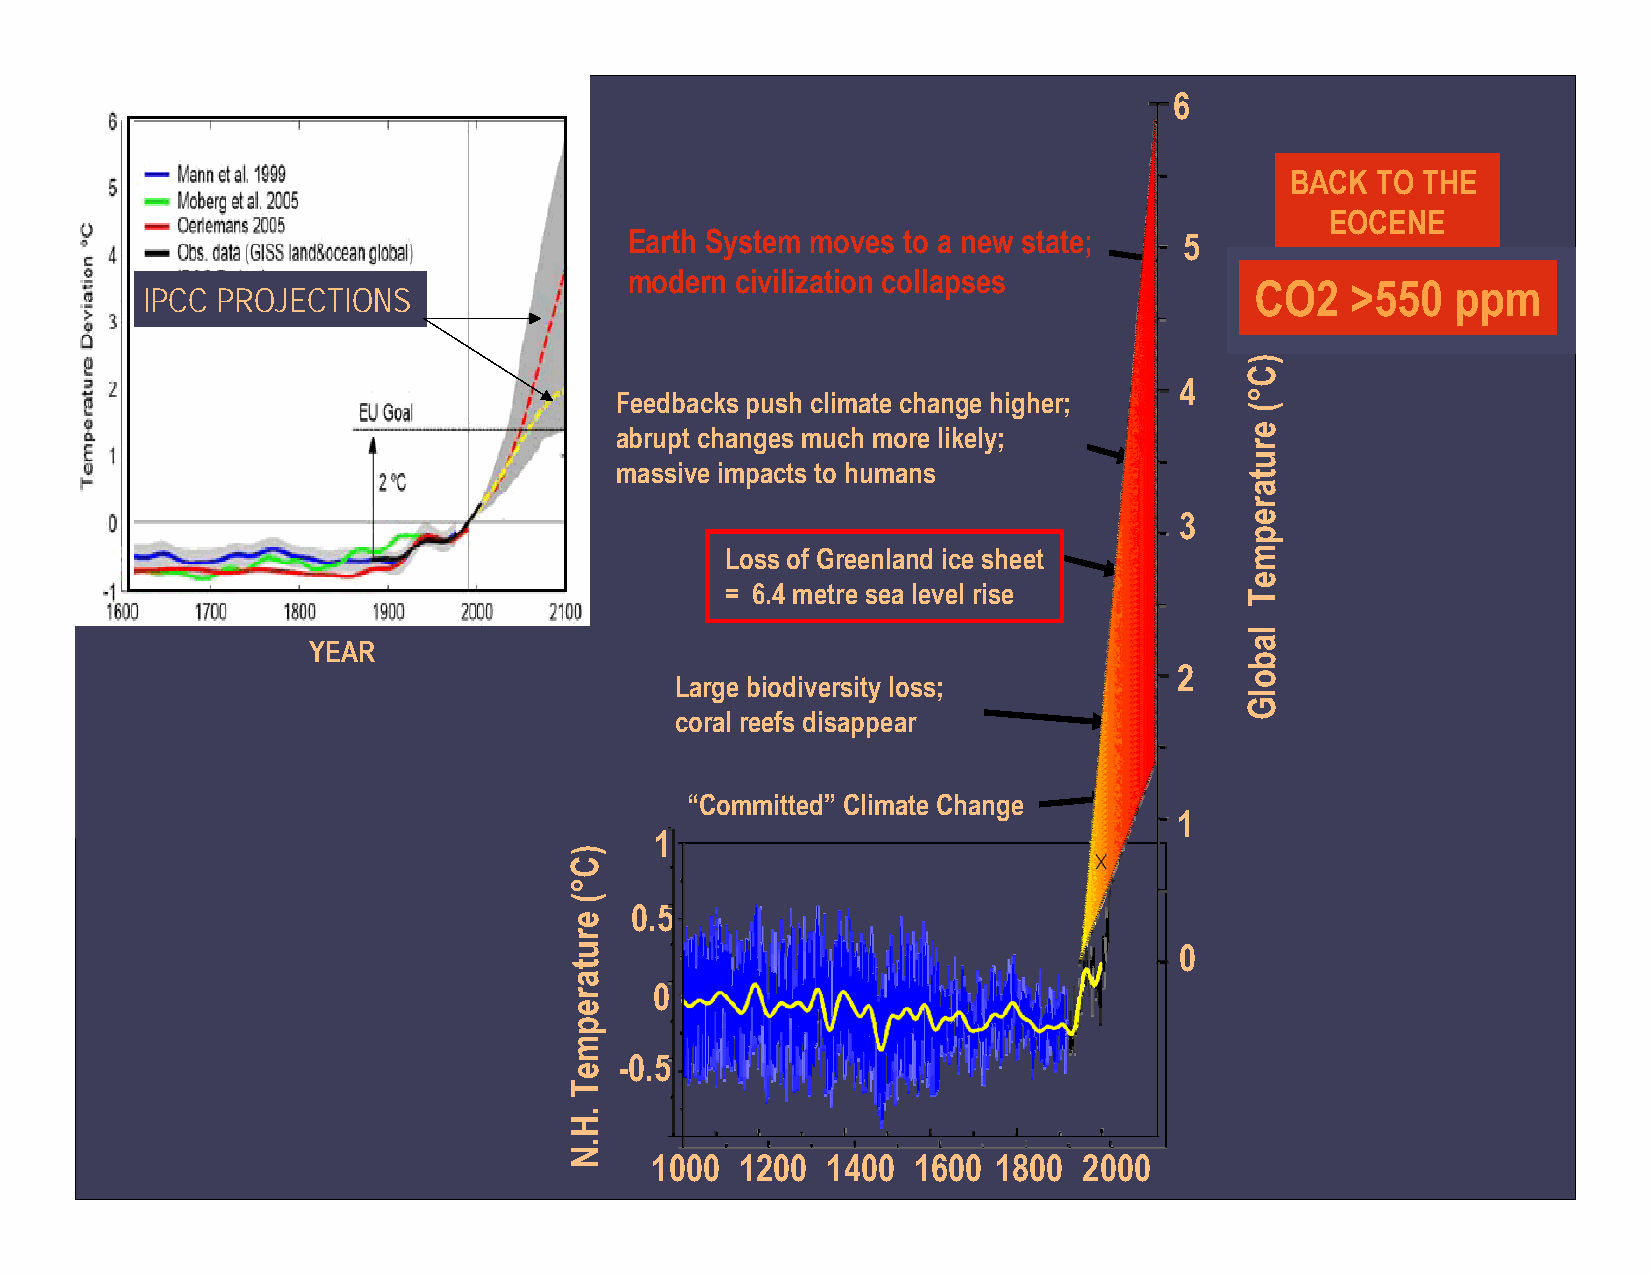
6
 BACK  TO THE
 EOCENE
 Earth System moves to a new state;  5
 IPCC   Projections
 modern civilization collapses
 CO2   >550   ppm
 IPCC PROJECTIONS
 for 2100  AD
 4
 Feedbacks push climate change higher;
 abrupt changes much more likely;
 massive impacts to humans
 3
 Loss of Greenland ice sheet
 = 6.4 metre sea level rise
 YEAR
 2
 Large biodiversity loss;
 coral reefs disappear
 “Committed” Climate Change
 1
 1
 0.5
 0
 0
 -0.5
 1000  1200  1400 1600  1800  2000
 )C°(
 erutarepmeT
 .H.N
 )C°(
 erutarepmeT
 labolG